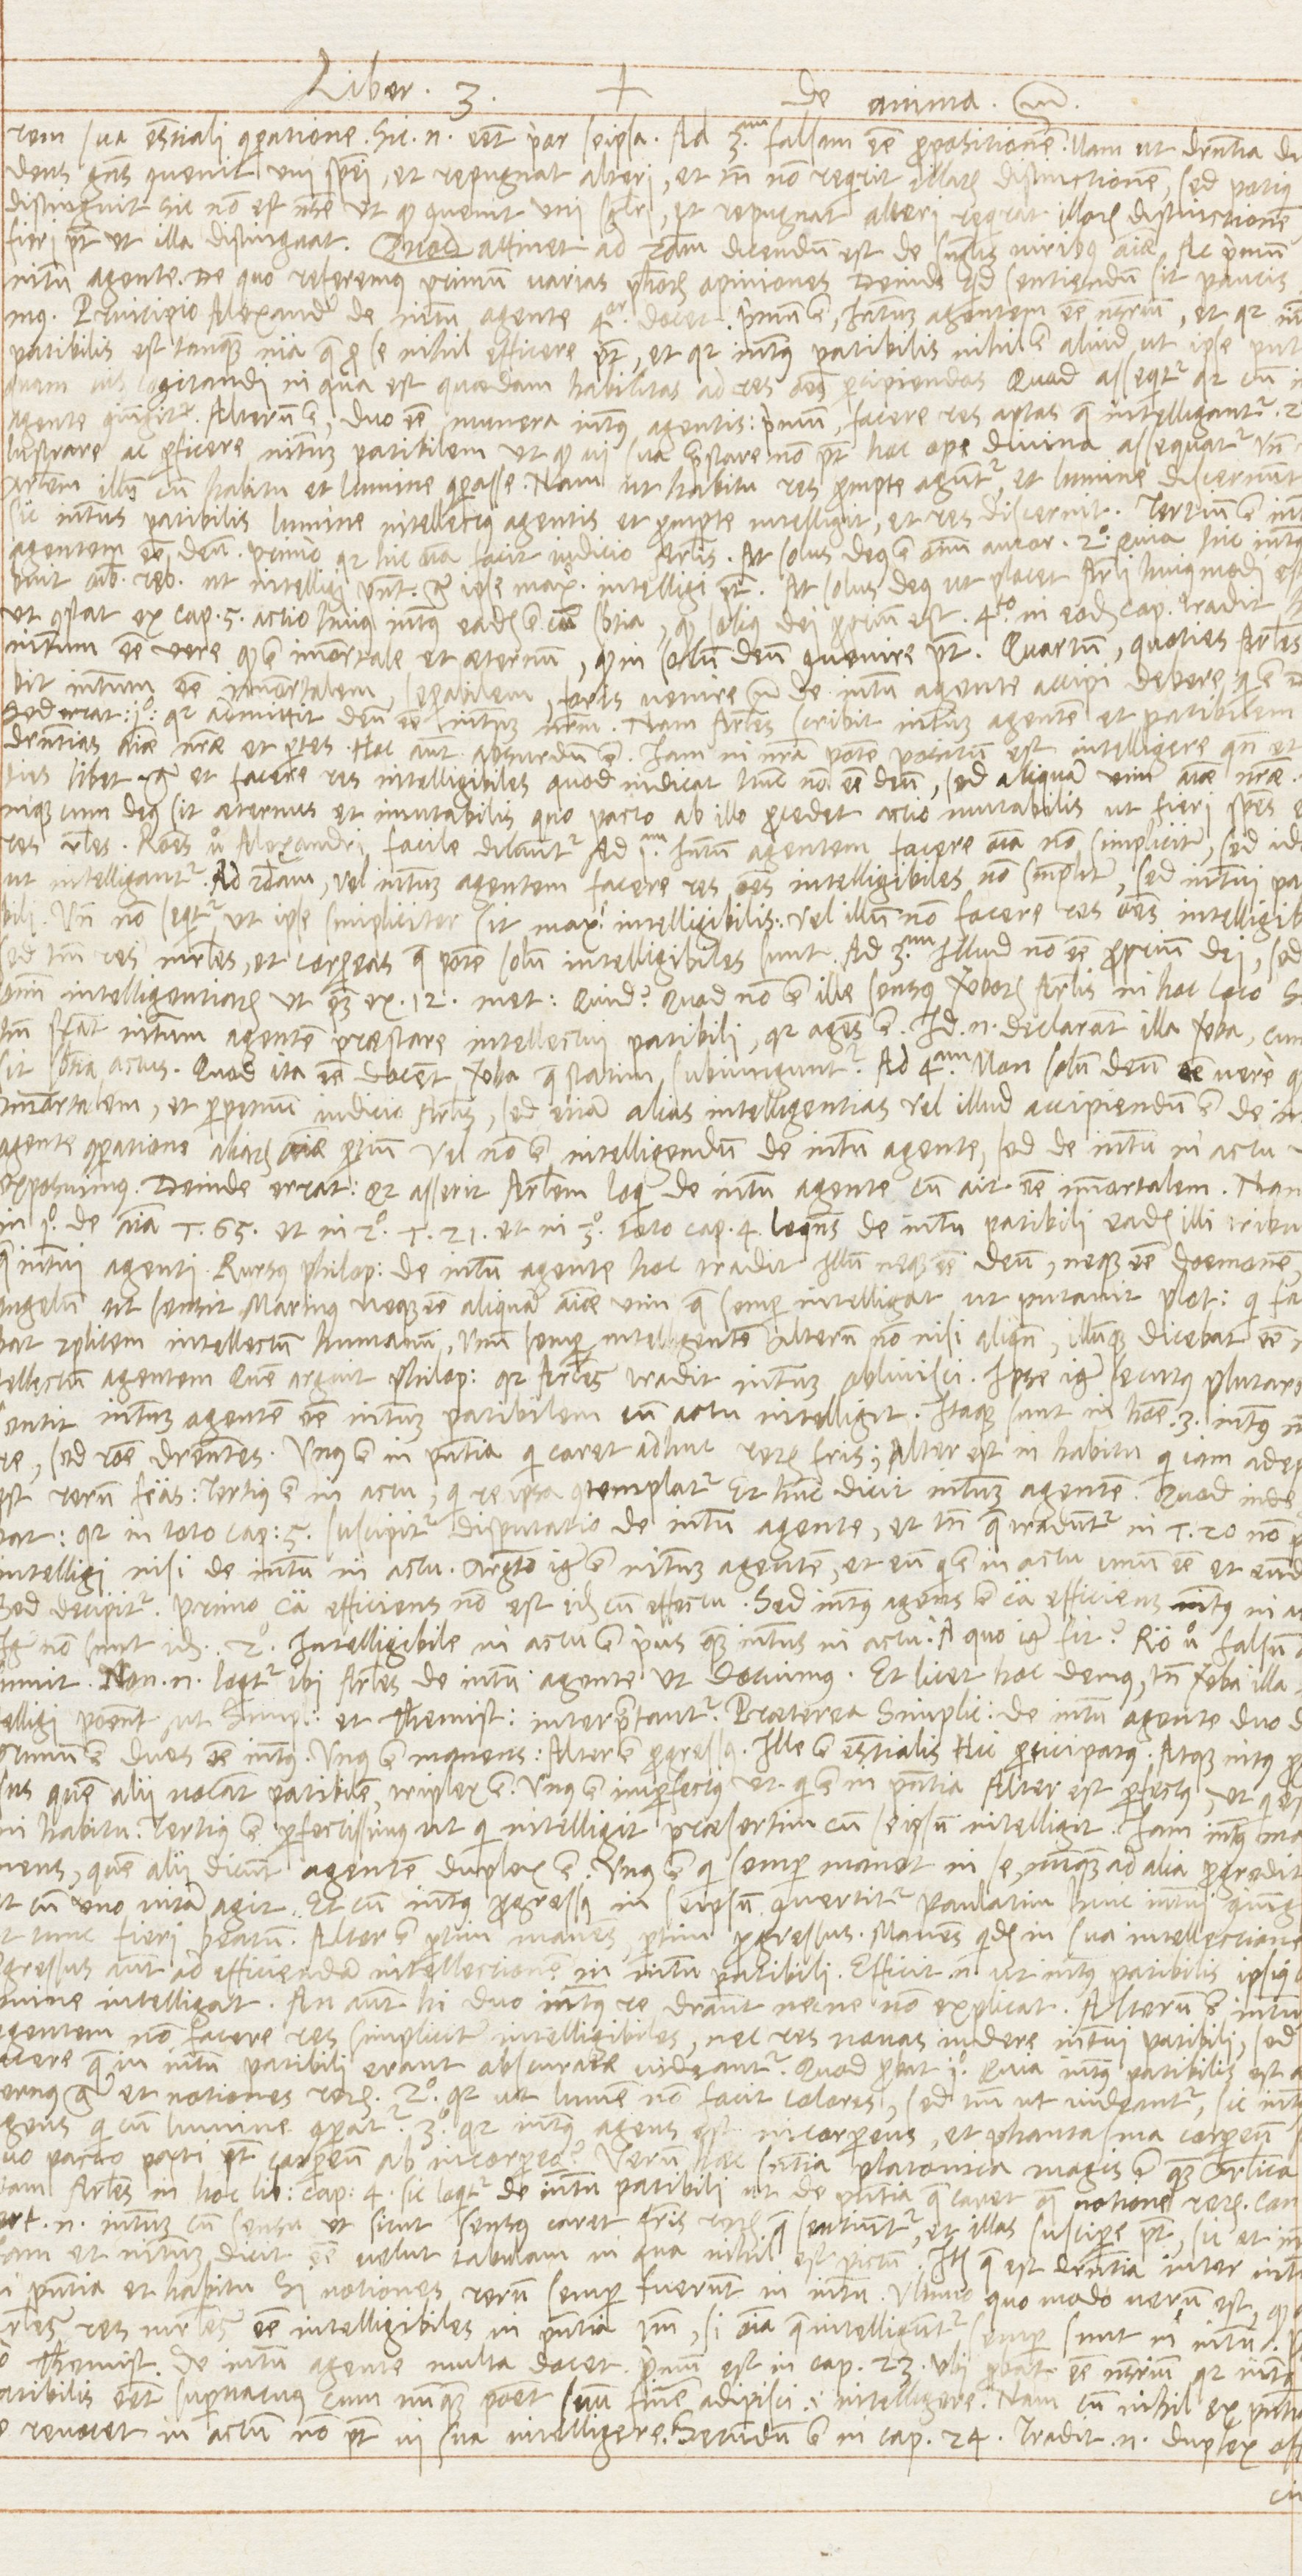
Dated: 1568–1569